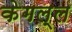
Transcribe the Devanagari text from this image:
केगल्ल